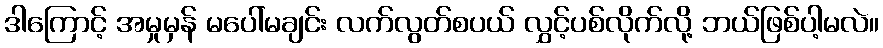
ဒါကြောင့် အမှုမှန် မပေါ်မချင်း လက်လွတ်စပယ် လွှင့်ပစ်လိုက်လို့ ဘယ်ဖြစ်ပါ့မလဲ။